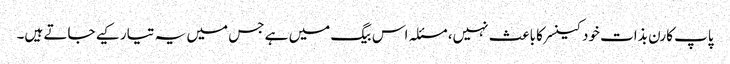
پاپ کارن بذات خود کینسر کا باعث نہیں، مسئلہ اس بیگ میں ہے جس میں یہ تیار کیے جاتے ہیں۔